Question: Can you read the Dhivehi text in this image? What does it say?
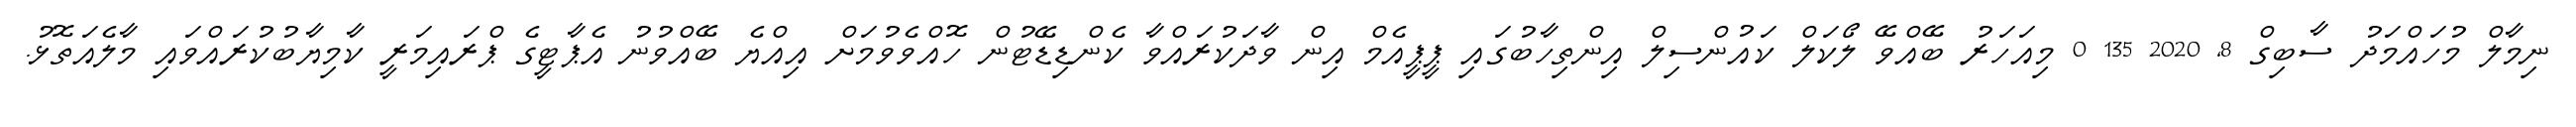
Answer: ނިމާލް މުހައްމަދު ސާބިގް 8, 2020 135 0 މިއަހަރު ބޭއްވޭ ލޯކަލް ކައުންސިލް އިންތިހާބުގައި ޕީޕީއެމް އިން ވާދަކުރައްވާ ކެންޑިޑޭޓުން ހޮއްވެވުމަށް އިއްޔެ ބޭއްވުނު އެޕާޓީގެ ޕްރައިމަރީ ކާމިޔާބުކުރައްވައި މާލެއަތޮޅު.